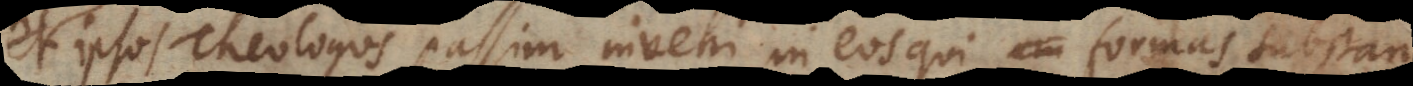
ipsos Theologos passim invehi in eos qui formas substan